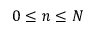
0 \leq n \leq N